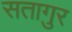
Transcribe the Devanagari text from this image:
सतागुर